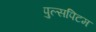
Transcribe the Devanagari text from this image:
पुल्सपिटम